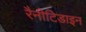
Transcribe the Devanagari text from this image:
रैनीटिडाइन